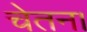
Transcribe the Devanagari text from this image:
चेतन।